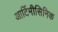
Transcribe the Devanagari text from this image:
आर्टिमीसिनिक